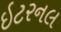
ઇટરનલ